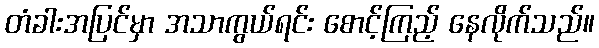
တံခါးအပြင်မှာ အသာကွယ်ရင်း စောင့်ကြည့် နေလိုက်သည်။